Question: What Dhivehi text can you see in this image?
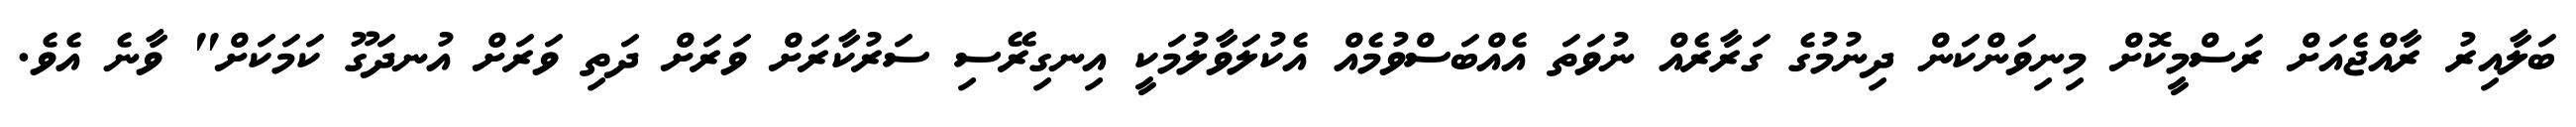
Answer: ބަލާއިރު ރާއްޖެއަށް ރަސްމީކޮށް މިނިވަންކަން ދިނުމުގެ ގަރާރެއް ނުވަތަ އެއްބަސްވުމެއް އެކުލަވާލުމަކީ އިނގިރޭސި ސަރުކާރަށް ވަރަށް ދަތި ވަރަށް އުނދަގޫ ކަމަކަށް" ވާނެ އެވެ.